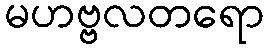
မဟဗ္ဗလတရော